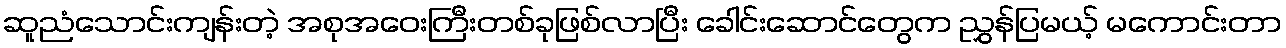
ဆူညံသောင်းကျန်းတဲ့ အစုအဝေးကြီးတစ်ခုဖြစ်လာပြီး ခေါင်းဆောင်တွေက ညွှန်ပြမယ့် မကောင်းတာ